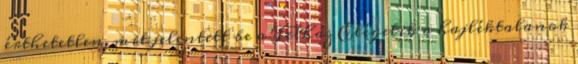
érthetetlen, mit jelentett be a Felház Elégetik a hajléktalanok